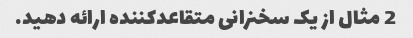
2 مثال از یک سخنرانی متقاعدکننده ارائه دهید.